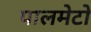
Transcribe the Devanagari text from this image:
पालमेटो